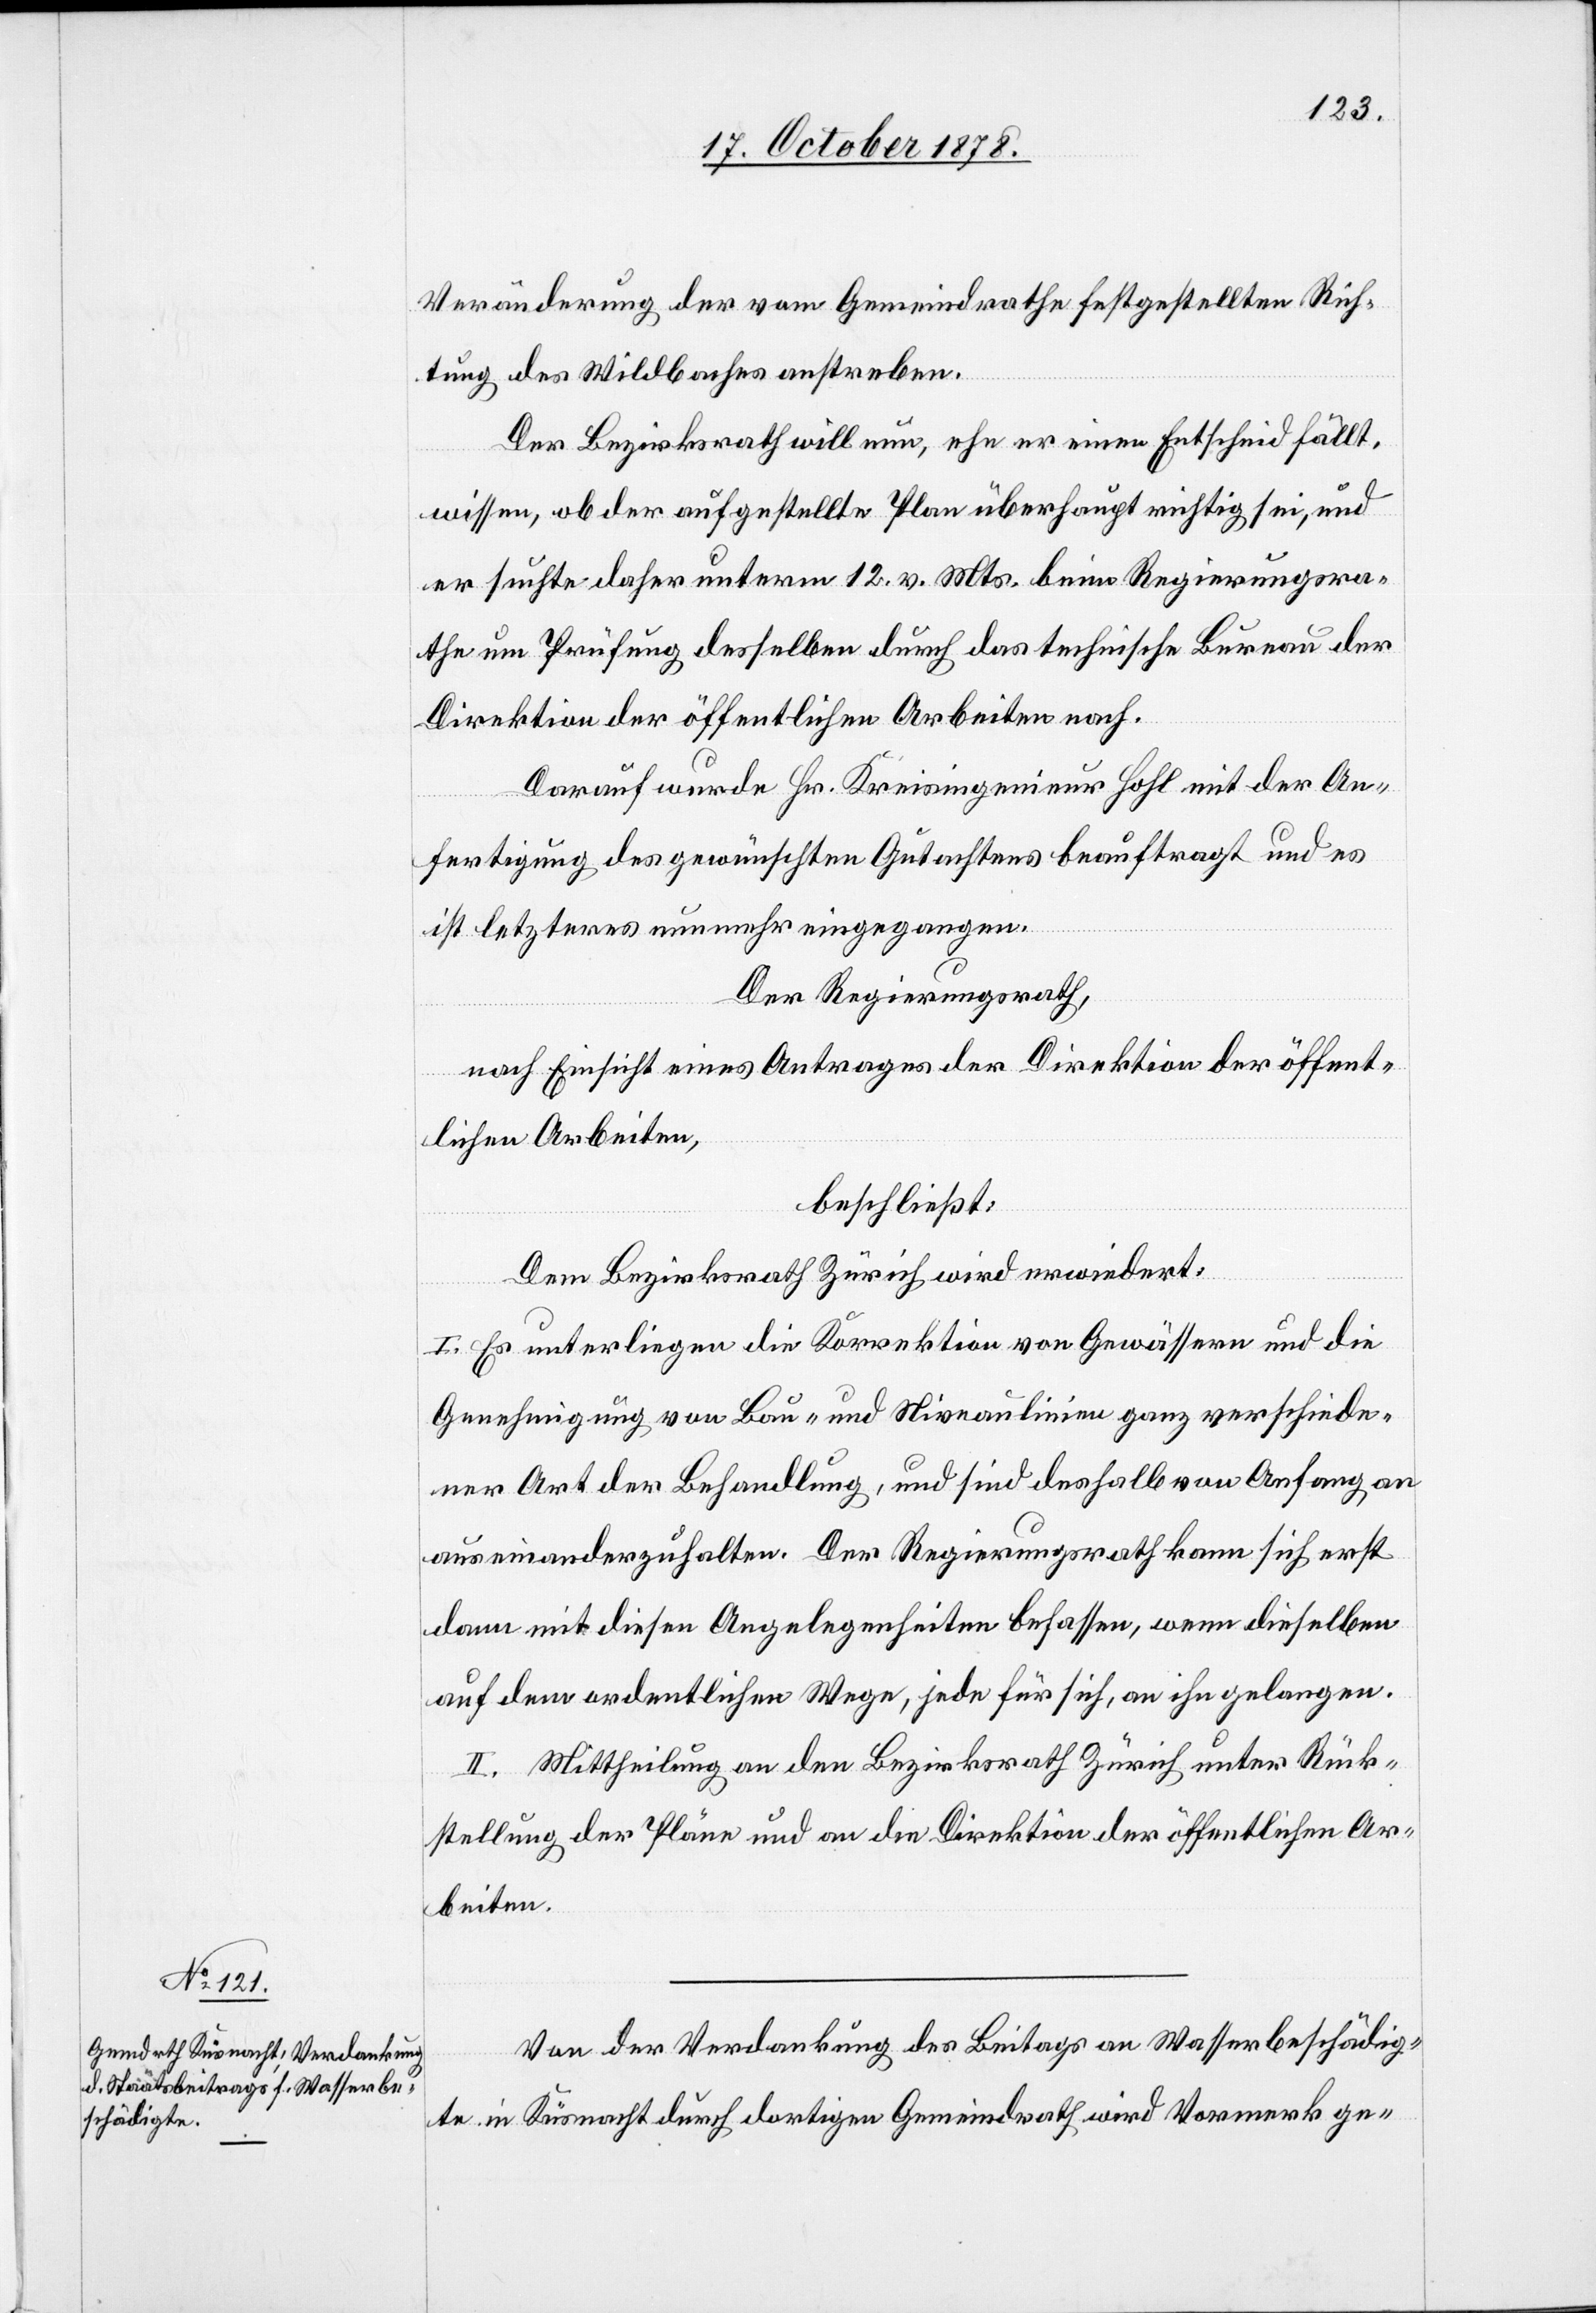
Veränderung der vom Gemeindrathe festgestellten Rich¬
tung des Wildbaches anstreben.
Der Bezirksrath will nun, ehe er einen Entscheid fällt,
wissen, ob der aufgestellte Plan überhaupt richtig sei, und
er suchte daher unterm 12. v. Mts. beim Regierungsra¬
the um Prüfung desselben durch das technische Bureau der
Direktion der öffentlichen Arbeiten nach.
Darauf wurde Hr. Kreisingenieur Hohl mit der An¬
fertigung des gewünschten Gutachtens beauftragt und es
ist letzteres nunmehr eingegangen.
Der Regierungsrath,
nach Einsicht eines Antrages der Direktion der öffent¬
lichen Arbeiten,
beschließt:
Dem Bezirksrath Zürich wird erwiedert:
I. Es unterliegen die Korrektion von Gewässern und die
Genehmigung von Bau- und Niveaulinien ganz verschiede¬
ner Art der Behandlung, und sind deshalb von Anfang an
auseinanderzuhalten. Der Regierungsrath kann sich erst
dann mit diesen Angelegenheiten befassen, wenn dieselben
auf dem ordentlichen Wege, jede für sich, an ihn gelangen.
II. Mittheilung an den Bezirksrath Zürich unter Rück¬
stellung der Pläne und an die Direktion der öffentlichen Ar¬
beiten.
Von der Verdankung des Beitags [sic!] an Wasserbeschädig¬
te in Küsnacht durch dortigen Gemeindrath wird Vormerk ge-